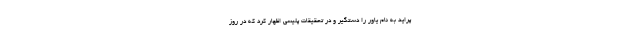
پراید به نام یاور را دستگیر و در تحقیقات پلیسی اظهار کرد که در روز